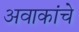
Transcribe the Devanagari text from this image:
अवाकांचे